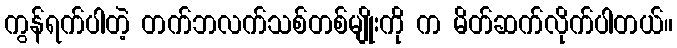
ကွန်ရက်ပါတဲ့ တက်ဘလက်သစ်တစ်မျိုးကို က မိတ်ဆက်လိုက်ပါတယ်။